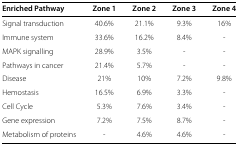
<table><thead><tr><td><b>Enriched Pathway</b></td><td><b>Zone 1</b></td><td><b>Zone 2</b></td><td><b>Zone 3</b></td><td><b>Zone 4</b></td></tr></thead><tbody><tr><td>Signal transduction</td><td>40.6<i>%</i></td><td>21.1<i>%</i></td><td>9.3<i>%</i></td><td>16<i>%</i></td></tr><tr><td>Immune system</td><td>33.6<i>%</i></td><td>16.2<i>%</i></td><td>8.4<i>%</i></td><td>-</td></tr><tr><td>MAPK signalling</td><td>28.9<i>%</i></td><td>3.5<i>%</i></td><td>-</td><td>-</td></tr><tr><td>Pathways in cancer</td><td>21.4<i>%</i></td><td>5.7<i>%</i></td><td>-</td><td>-</td></tr><tr><td>Disease</td><td>21<i>%</i></td><td>10<i>%</i></td><td>7.2<i>%</i></td><td>9.8<i>%</i></td></tr><tr><td>Hemostasis</td><td>16.5<i>%</i></td><td>6.9<i>%</i></td><td>3.3<i>%</i></td><td>-</td></tr><tr><td>Cell Cycle</td><td>5.3<i>%</i></td><td>7.6<i>%</i></td><td>3.4<i>%</i></td><td>-</td></tr><tr><td>Gene expression</td><td>7.2<i>%</i></td><td>7.5<i>%</i></td><td>8.7<i>%</i></td><td>-</td></tr><tr><td>Metabolism of proteins</td><td>-</td><td>4.6<i>%</i></td><td>4.6<i>%</i></td><td>-</td></tr></tbody></table>